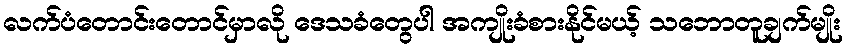
လက်ပံတောင်းတောင်မှာလို ဒေသခံတွေပါ အကျိုးခံစားနိုင်မယ့် သဘောတူချက်မျိုး